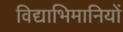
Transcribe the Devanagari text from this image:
विद्याभिमानियों